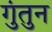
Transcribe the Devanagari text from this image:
गुंतुन